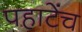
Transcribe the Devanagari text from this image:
पहाटेंच